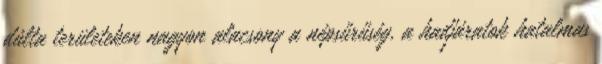
dúlta területeken nagyon alacsony a népsűrűség, a hadjáratok hatalmas